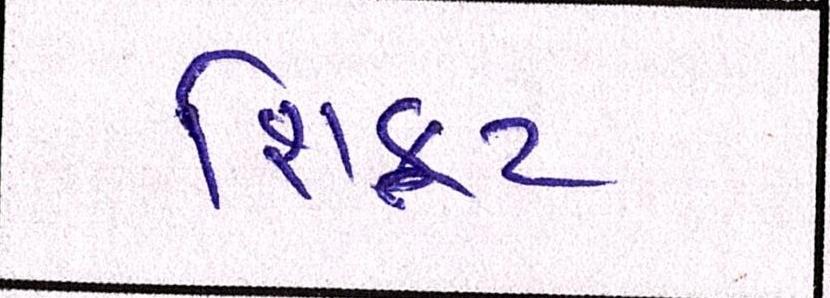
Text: શિફટ